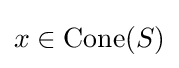
x\in \mathrm {Cone} (S)